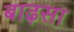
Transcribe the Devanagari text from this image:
बाढ़सा